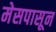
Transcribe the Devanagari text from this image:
मेसपासून